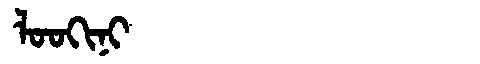
Manchu: ᠯᠣᠣᡴᡳᠨᡳ
Romanization: LOOKINI